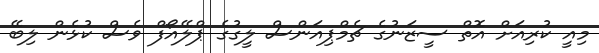
މިއީ ކުރިއަށް އޮތް ސީޒަނުގެ ޗެމްޕިއަންސް ލީގުގެ ޕްލޭއޯފް ވެސް ކުޅެން ލިބޭ